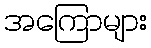
အကြောများ